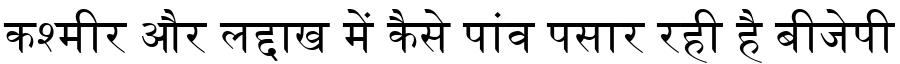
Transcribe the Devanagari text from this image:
कश्मीर और लद्दाख में कैसे पांव पसार रही है बीजेपी